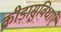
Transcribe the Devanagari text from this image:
क्रीड़ासुविधाएँ